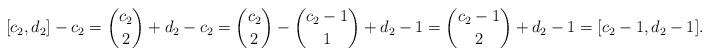
LaTeX: \begin{align*}[c_2,d_2] - c_2 = \binom{c_2}{2} + d_2 - c_2 = \binom{c_2}{2} - \binom{c_2-1}{1} + d_2-1 = \binom{c_2-1}{2} + d_2 -1 = [c_2-1, d_2 -1].\end{align*}